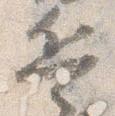
兵